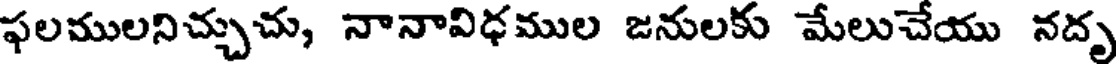
ఫలములనిచ్చుచు, నానావిధముల జనులకు మేలుచేయు నదృ